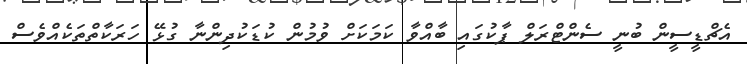
އެޗްޑީސީން ބުނީ ސެންޓްރަލް ޕާކުގައި ބާއްވާ ކަމަކަށް ވުމުން ކުޑަކުދިންނާ ގުޅޭ ހަރަކާތްތަކެއްވެސް